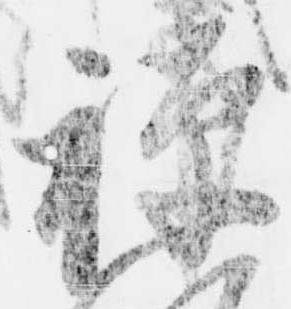
禅